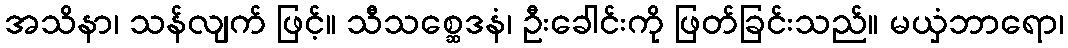
အသိနာ၊ သန်လျက် ဖြင့်။ သီသစ္ဆေဒနံ၊ ဦးခေါင်းကို ဖြတ်ခြင်းသည်။ မယှံဘာရော၊